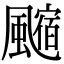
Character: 𩘰